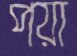
পয়া